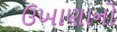
ઉખાણાનો